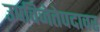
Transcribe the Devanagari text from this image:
उपविजेतेपदावर